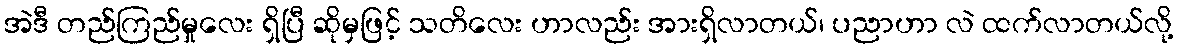
အဲဒီ တည်ကြည်မှုလေး ရှိပြီ ဆိုမှဖြင့် သတိလေး ဟာလည်း အားရှိလာတယ်၊ ပညာဟာ လဲ ထက်လာတယ်လို့